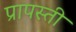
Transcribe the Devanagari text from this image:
प्रापस्ती